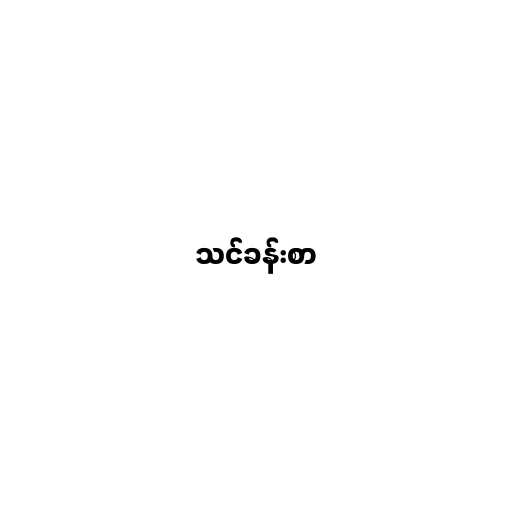
သင်ခန်းစာ